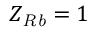
Z _ { \ensuremath { \mathit { R b } } } = 1